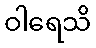
ဝါရေသိ